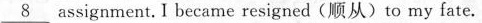
\underline{8} assignunent. I became resigned {顺从) to my fate.